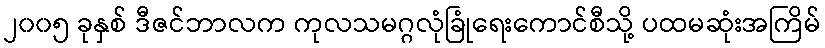
၂၀၀၅ ခုနှစ် ဒီဇင်ဘာလက ကုလသမဂ္ဂလုံခြုံရေးကောင်စီသို့ ပထမဆုံးအကြိမ်